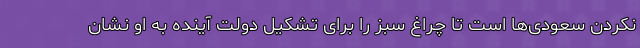
نکردن سعودی‌ها است تا چراغ سبز را برای تشکیل دولت آینده به او نشان